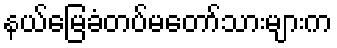
နယ်မြေခံတပ်မတော်သားများက